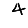
Digit: 4